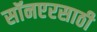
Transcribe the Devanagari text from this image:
सॉनएरसाठी